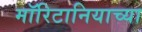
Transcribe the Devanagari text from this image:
मॉरिटानियाच्या